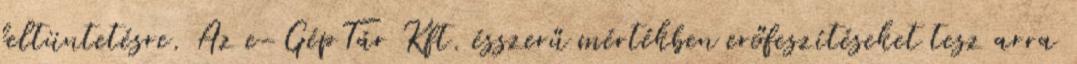
feltüntetésre. Az e-GépTár Kft. ésszerű mértékben erőfeszítéseket tesz arra